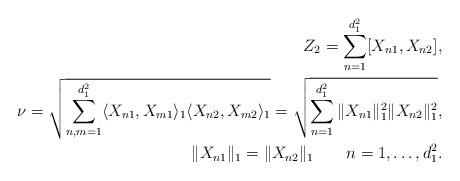
LaTeX: \begin{align*} Z_2=\sum_{n=1}^{d_1^2}[X_{n1},X_{n2}], \\ \nu=\sqrt{\sum_{n,m=1}^{d_1^2}\langle X_{n1},X_{m1}\rangle_1\langle X_{n2},X_{m2}\rangle_1}=\sqrt{\sum_{n=1}^{d_1^2}\|X_{n1}\|_1^2\|X_{n2}\|_1^2}, \\\|X_{n1}\|_1=\|X_{n2}\|_1\qquad n=1,\dots,d_1^2.\end{align*}